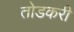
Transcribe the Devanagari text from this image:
तोडकरी